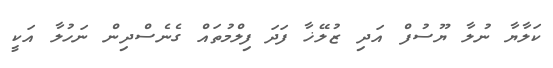
ކަލާޔާ ނުލާ ޔޫސުފް އަދި ޒުލޭޚާ ފަދަ ފިލްމުތައް ގެނެސްދިން ނަހުލާ އަކީ